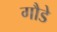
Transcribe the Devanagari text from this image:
गौडे